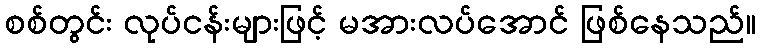
စစ်တွင်း လုပ်ငန်းများဖြင့် မအားလပ်အောင် ဖြစ်နေသည်။